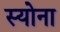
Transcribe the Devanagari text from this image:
स्योना